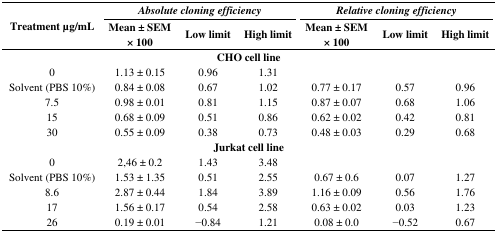
<table><thead><tr><td rowspan="2"><b>Treatment μg/mL</b></td><td colspan="3"><b><i>Absolute cloning efficiency</i></b></td><td colspan="3"><b><i>Relative cloning efficiency</i></b></td></tr><tr><td><b>Mean ± SEM × 100</b></td><td><b>Low limit</b></td><td><b>High limit</b></td><td><b>Mean ± SEM × 100</b></td><td><b>Low limit</b></td><td><b>High limit</b></td></tr></thead><tbody><tr><td colspan="7"><b>CHO cell line</b></td></tr><tr><td>0</td><td>1.13 ± 0.15</td><td>0.96</td><td>1.31</td><td></td><td></td><td></td></tr><tr><td>Solvent (PBS 10%)</td><td>0.84 ± 0.08</td><td>0.67</td><td>1.02</td><td>0.77 ± 0.17</td><td>0.57</td><td>0.96</td></tr><tr><td>7.5</td><td>0.98 ± 0.01</td><td>0.81</td><td>1.15</td><td>0.87 ± 0.07</td><td>0.68</td><td>1.06</td></tr><tr><td>15</td><td>0.68 ± 0.09</td><td>0.51</td><td>0.86</td><td>0.62 ± 0.02</td><td>0.42</td><td>0.81</td></tr><tr><td>30</td><td>0.55 ± 0.09</td><td>0.38</td><td>0.73</td><td>0.48 ± 0.03</td><td>0.29</td><td>0.68</td></tr><tr><td colspan="7"><b>Jurkat cell line</b></td></tr><tr><td>0</td><td>2,46 ± 0.2</td><td>1.43</td><td>3.48</td><td></td><td></td><td></td></tr><tr><td>Solvent (PBS 10%)</td><td>1.53 ± 1.35</td><td>0.51</td><td>2.55</td><td>0.67 ± 0.6</td><td>0.07</td><td>1.27</td></tr><tr><td>8.6</td><td>2.87 ± 0.44</td><td>1.84</td><td>3.89</td><td>1.16 ± 0.09</td><td>0.56</td><td>1.76</td></tr><tr><td>17</td><td>1.56 ± 0.17</td><td>0.54</td><td>2.58</td><td>0.63 ± 0.02</td><td>0.03</td><td>1.23</td></tr><tr><td>26</td><td>0.19 ± 0.01</td><td>−0.84</td><td>1.21</td><td>0.08 ± 0.0</td><td>−0.52</td><td>0.67</td></tr></tbody></table>